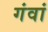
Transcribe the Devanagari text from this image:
गंवां